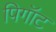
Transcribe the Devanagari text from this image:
पिगॉट